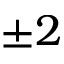
\pm 2